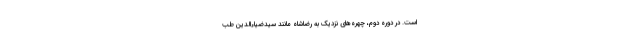
است. در دوره دوم، چهره‌های نزدیک به رضاشاه مانند سیدضیاء‌الدین طب